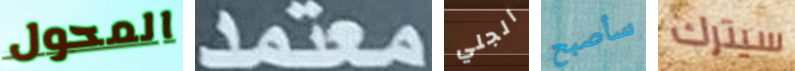
المحول معتمد الجلي سأصبح سيترك